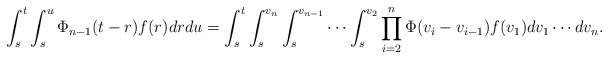
\begin{align*}\int_s^t \int_s^u \Phi_{n-1}(t-r) f(r) dr du = \int_s^{t} \int_s^{v_n} \int_s^{v_{n-1}} \cdots \int_s^{v_2} \prod_{i=2}^{n} \Phi(v_{i}-v_{i-1}) f({v_1}) dv_1 \cdots dv_{n}.\end{align*}